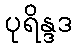
ပုရိန္ဒဒ